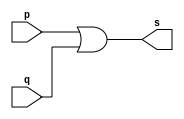
// Exercicio 10 - OR com 3 entradas
// Nome: Thaise Souto Martins 

// ------------------------- 
// -- or gate 
// ------------------------- 
module simpleorgate(output s, input p, input q);
	assign s = p|q;
endmodule

module orgate(output s,input p,input q, input r);
	wire aux;
	simpleorgate OR1(aux,p,q);
	assign s = aux | r;
endmodule

// ------------------------- 
// -- test or gate 
// ------------------------- 
module testorgate; 
	reg a,b,c; 	 
	wire s; 
	orgate OR2 (s, a, b, c); 
	
	initial begin:start 
		a=0;b=0;c=0; // valor inicial 
	end 

	initial begin:main 
		$display("Exercicio 10 - Thaise Souto Martins - 395504"); 
		$display("Test OR Gate com 3 entradas:"); 
		$display("\na | b | c = s\n");
		$monitor("%b | %b | %b = %b",a,b,c,s);
		#1 a=0;b=0;c=1;
		#1 a=0;b=1;c=0;
		#1 a=1;b=0;c=0;
		#1 a=1;b=1;c=0;
		#1 a=1;b=0;c=1;
		#1 a=0;b=1;c=1;
		#1 a=1;b=1;c=1; 
	end 
endmodule